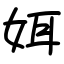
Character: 㛅